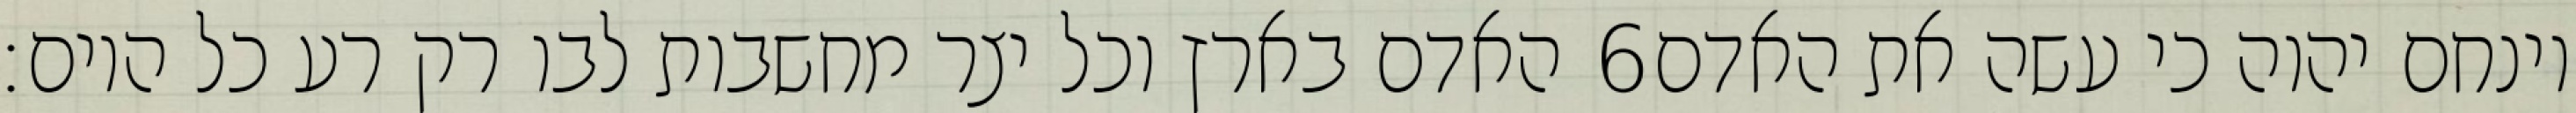
האדם בארץ וכל יצר מחשבות לבו רק רע כל היום׃ ‎6‏ וינחם יהוה כי עשה את האדם